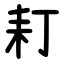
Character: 耓